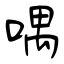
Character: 喁